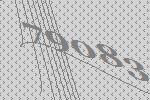
79083